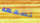
نسمعه